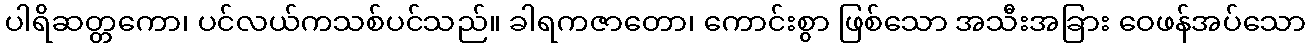
ပါရိဆတ္တကော၊ ပင်လယ်ကသစ်ပင်သည်။ ခါရကဇာတော၊ ကောင်းစွာ ဖြစ်သော အသီးအခြား ဝေဖန်အပ်သော